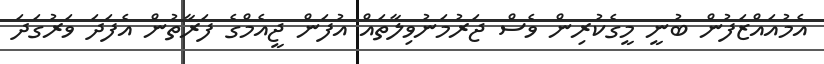
އެމުއައްޒަފުން ބުނީ މީގެކުރިން ވެސް ޖަރުމަނުވިލާތައް އުފަން ޖީއެމްގެ ފަރާތުން އެފަދަ ވަރުގަދަ